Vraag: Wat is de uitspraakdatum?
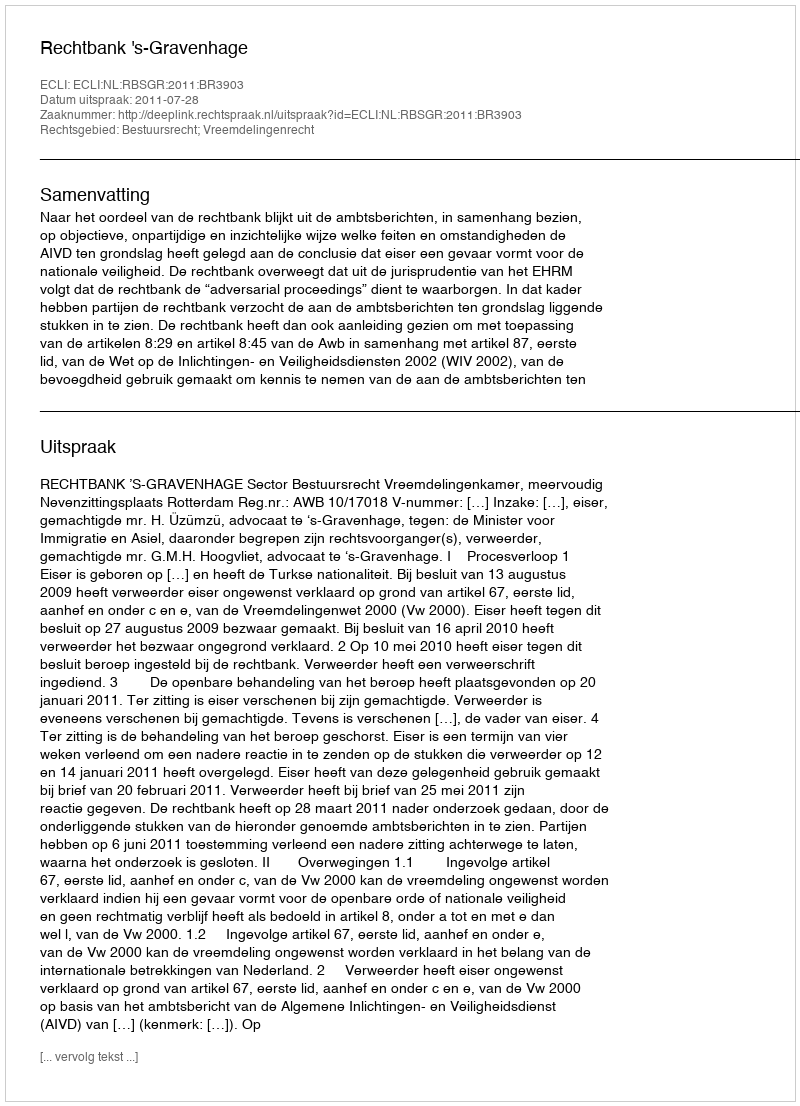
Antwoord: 2011-07-28